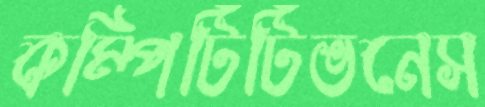
কম্পিটিটিভনেস